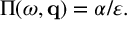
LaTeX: \Pi ( \omega , { \bf q } ) = \alpha / \varepsilon .